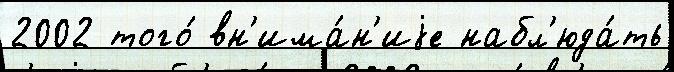
2002 того́ вн'има́н'иjе набл'юда́ть